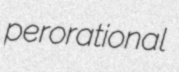
perorational